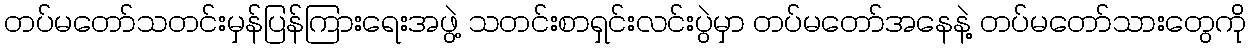
တပ်မတော်သတင်းမှန်ပြန်ကြားရေးအဖွဲ့ သတင်းစာရှင်းလင်းပွဲမှာ တပ်မတော်အနေနဲ့ တပ်မတော်သားတွေကို